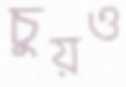
চুয়ও